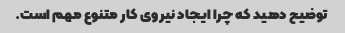
توضیح دهید که چرا ایجاد نیروی کار متنوع مهم است.